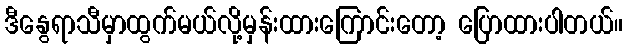
ဒီနွေရာသီမှာထွက်မယ်လို့မှန်းထားကြောင်းတော့ ပြောထားပါတယ်။